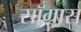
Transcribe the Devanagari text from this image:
सॉग्रास